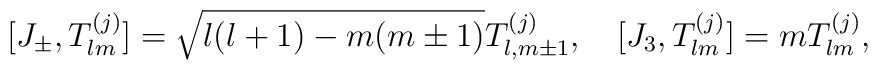
[J_{\pm}, T^{(j)}_{lm}]= \sqrt{l(l+1)-m(m\pm 1)}T^{(j)}_{l,m \pm 1},\quad [J_3, T^{(j)}_{lm}]= m T^{(j)}_{lm},